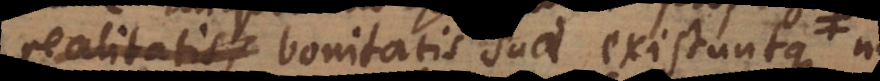
realitatis bonitatis suae existuntque